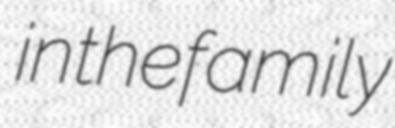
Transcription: in the family